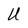
Character: U